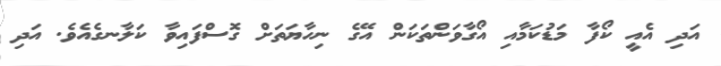
އަދި އެއީ ކޯފާ މަޑުކަމާއި އޯގާވަންތަކަން އޭގެ ނިހާޔަތަށް ގޮސްފައިވާ ކަލާނގެއެވެ. އަދި